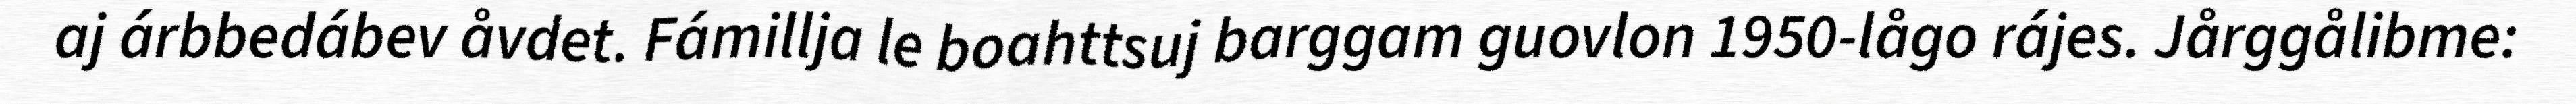
aj árbbedábev åvdet. Fámillja le boahttsuj barggam guovlon 1950-lågo rájes. Jårggålibme: